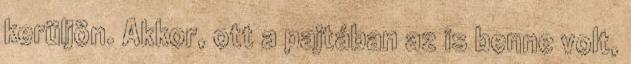
kerüljön. Akkor, ott a pajtában az is benne volt,